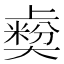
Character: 𡚋